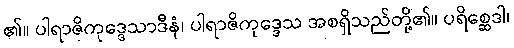
၏။ ပါရာဇိကုဒ္ဒေသာဒီနံ၊ ပါရာဇိကုဒ္ဒေသ အစရှိသည်တို့၏။ ပရိစ္ဆေဒါ၊